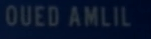
OUEDAMLIL